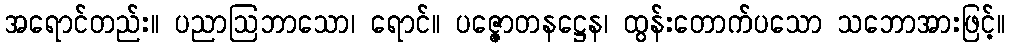
အရောင်တည်း။ ပညာဩဘာသော၊ ရောင်။ ပဇ္ဇောတနဋ္ဌေန၊ ထွန်းတောက်ပသော သဘောအားဖြင့်။